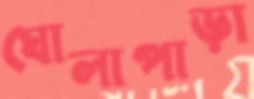
ঘোলাপাড়া